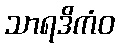
သာရဒိကံဝ